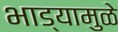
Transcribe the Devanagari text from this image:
भाड्यामुळे